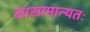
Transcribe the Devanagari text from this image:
सासामान्यतः